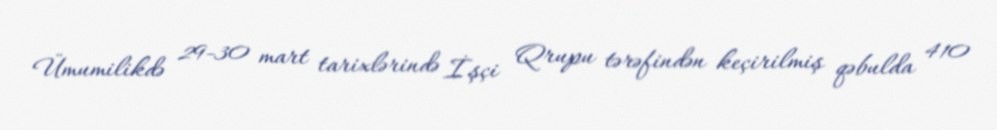
Ümumilikdə 29-30 mart tarixlərində İşçi Qrupu tərəfindən keçirilmiş qəbulda 410